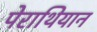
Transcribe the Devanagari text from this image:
पेराथियान